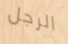
الرجل